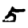
Digit: 5